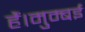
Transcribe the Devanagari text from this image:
हैं।मुम्बई